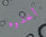
أخذوه